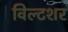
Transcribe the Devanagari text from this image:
विल्टशर